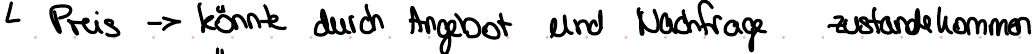
Preis -> könnte durch Angebot und Nachfrage zustandekommen